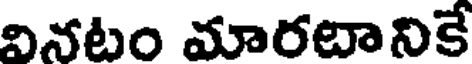
వినటం మారటానికే